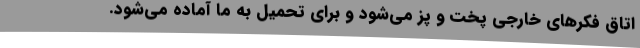
اتاق‌ فکرهای خارجی پخت و پز می‌شود و برای تحمیل به ما آماده می‌شود.